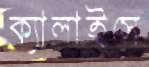
ক্যালাইসে